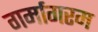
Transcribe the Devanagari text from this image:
गर्मागरम